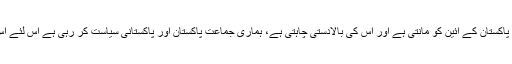
فاروق ستار کا کہنا تھا کہ متحدہ قومی موومنٹ پاکستان میں رجسٹرڈ ہے جو پاکستان کے آئین کو مانتی ہے اور اس کی بالادستی چاہتی ہے، ہماری جماعت پاکستان اور پاکستانی سیاست کر رہی ہے اس لئے اس تناظر میں اگر کل پاکستان مخالف نعرے لگے تو اس کی مذمت کرتے ہیں۔